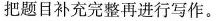
把题目补充完整再进行写作。